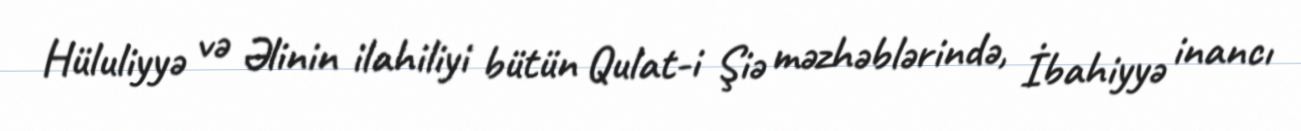
Hüluliyyə və Əlinin ilahiliyi bütün Qulat-i Şiə məzhəblərində, İbahiyyə inancı